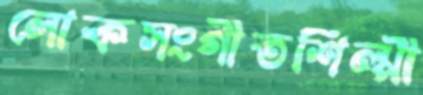
লোকসংগীতশিল্পী